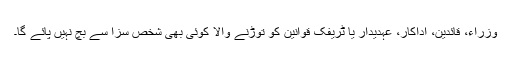
وزراء، قائدین، اداکار، عہدیدار یا ٹریفک قوانین کو توڑنے والا کوئی بھی شخص سزا سے بچ نہیں پائے گا۔